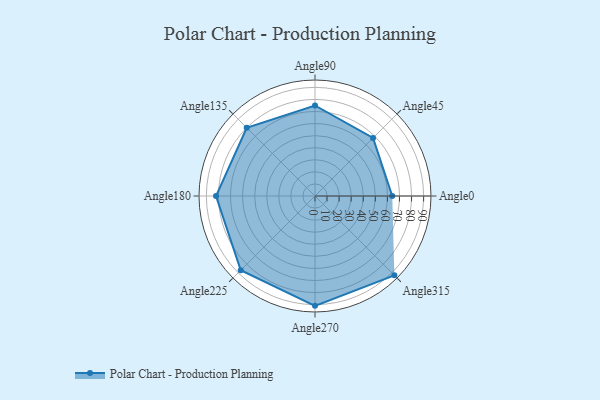
{"axis": {"x": "Angle", "y": "Radius"}, "legend": [""], "data": [{"x": "Angle0", "y": 64.0, "type": ""}, {"x": "Angle45", "y": 68.0, "type": ""}, {"x": "Angle90", "y": 75.0, "type": ""}, {"x": "Angle135", "y": 80.0, "type": ""}, {"x": "Angle180", "y": 82.0, "type": ""}, {"x": "Angle225", "y": 87.0, "type": ""}, {"x": "Angle270", "y": 91.0, "type": ""}, {"x": "Angle315", "y": 93.0, "type": ""}]}